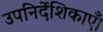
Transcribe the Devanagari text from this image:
उपनिर्देशिकाएँ।